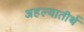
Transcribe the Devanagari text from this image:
अहल्यातीर्थ